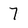
Character: 7